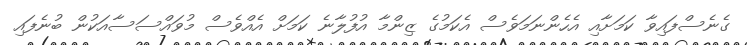
ގެނެސްފައިވާ ކަމަށާއި އެހެންނަމަވެސް އެކަމުގެ ޒިންމާ އުފުލާނެ ކަމަށް އެއްވެސް މުވައްސަސާއަކުން ބުނެފައި